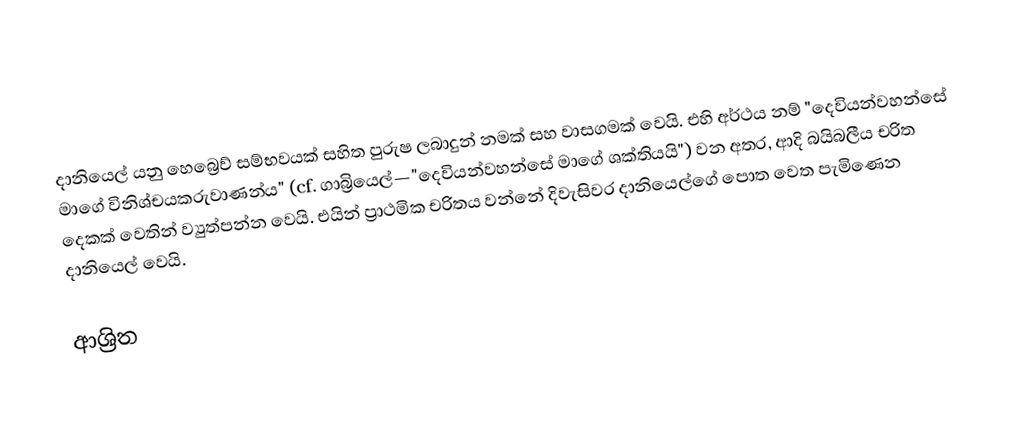
දානියෙල් යනු හෙබ්‍රෙව් සම්භවයක් සහිත පුරුෂ ලබාදුන් නමක් සහ වාසගමක් වෙයි. එහි අර්ථය නම් "දෙවියන්වහන්සේ මාගේ විනිශ්චයකරුවාණන්ය" (cf. ගාබ්‍රියෙල්—"දෙවියන්වහන්සේ මාගේ ශක්තියයි") වන අතර, ආදි බයිබලීය චරිත දෙකක් වෙතින් ව්‍යුත්පන්න වෙයි. එයින් ප්‍රාථමික චරිතය වන්නේ දිවැසිවර දානියෙල්ගේ පොත වෙත පැමිණෙන දානියෙල් වෙයි.

ආශ්‍රිත